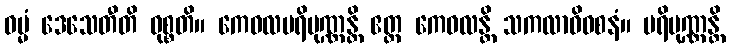
ဓမ္မံ ဒေသေတီတိ ဝုစ္စတိ။ ကေဝလပရိပုဏ္ဏန္တိ ဧတ္ထ ကေဝလန္တိ သကလာဓိဝစနံ။ ပရိပုဏ္ဏန္တိ